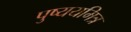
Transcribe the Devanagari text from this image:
पुष्ययमित्र